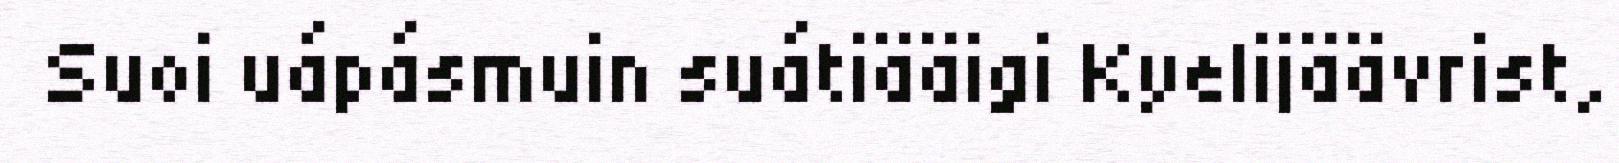
Suoi uápásmuin suátiääigi Kyelijäävrist,